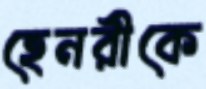
হেনরীকে